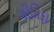
ગીતિકા